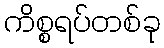
ကိစ္စရပ်တစ်ခု